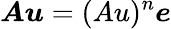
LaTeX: \boldsymbol{Au}=(Au)^{n}\boldsymbol{e}